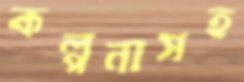
কল্পনাসহ